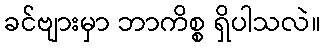
ခင်ဗျားမှာ ဘာကိစ္စ ရှိပါသလဲ။